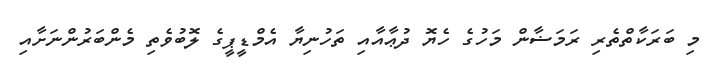
މި ބަރަކާތްތެރި ރަމަޟާން މަހުގެ ހެޔޮ ދުޢާއާއި ތަހުނިޔާ އެމްޑީޕީގެ ލޮބުވެތި މެންބަރުންނަށާއި